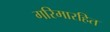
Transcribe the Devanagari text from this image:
गरिमारहित